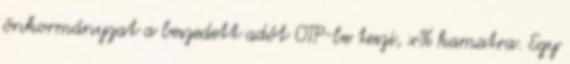
önkormányzat a beszedett adót OTP-be teszi, x% kamatra. Egy